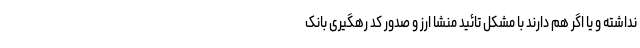
نداشته و یا اگر هم دارند با مشکل تائید منشا ارز و صدور کد رهگیری بانک